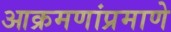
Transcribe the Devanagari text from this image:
आक्रमणांप्रमाणे